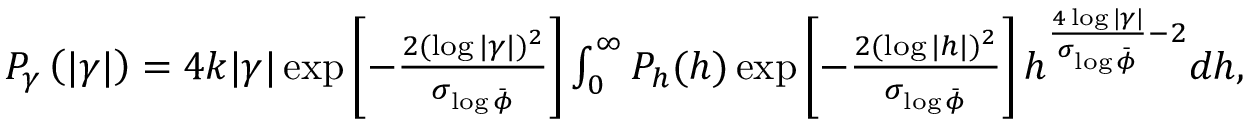
\begin{array} { r } { P _ { \gamma } \left( | \gamma | \right) = 4 k | \gamma | \exp \left[ - \frac { 2 ( \log | \gamma | ) ^ { 2 } } { \sigma _ { \log \bar { \phi } } } \right] \int _ { 0 } ^ { \infty } P _ { h } ( h ) \exp \left[ - \frac { 2 ( \log | h | ) ^ { 2 } } { \sigma _ { \log \bar { \phi } } } \right] h ^ { \frac { 4 \log | \gamma | } { \sigma _ { \log \bar { \phi } } } - 2 } d h , } \end{array}